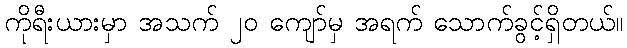
ကိုရီးယားမှာ အသက် ၂၀ ကျော်မှ အရက် သောက်ခွင့်ရှိတယ်။